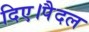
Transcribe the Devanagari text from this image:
दिए।पैदल